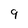
Character: 9